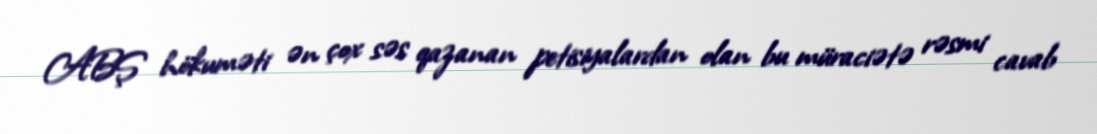
ABŞ hökuməti ən çox səs qazanan petisiyalardan olan bu müraciətə rəsmi cavab